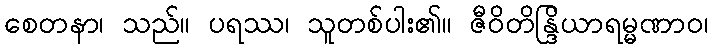
စေတနာ၊ သည်။ ပရဿ၊ သူတစ်ပါး၏။ ဇီဝိတိန္ဒြိယာရမ္မဏာဝ၊